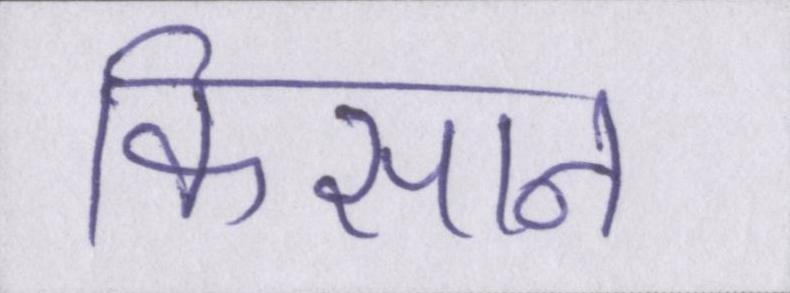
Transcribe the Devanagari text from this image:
किसान